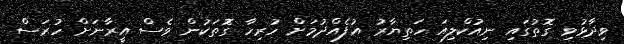
ވިދާޅުވި ގޮތުގައި ނިއުކްލިއަ ހަތިޔާރު އުފެއްދުމަށް ހުރިހާ ގޮތަކުން ވެސް އީރާނަށް ހުރަސް